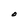
Character: O